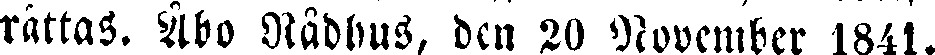
rättas. Åbo Rådhus, den 20 November 1841.